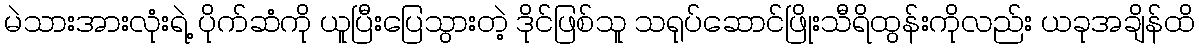
မဲသားအားလုံးရဲ့ ပိုက်ဆံကို ယူပြီးပြေသွားတဲ့ ဒိုင်ဖြစ်သူ သရုပ်ဆောင်ဖြိုးသီရိထွန်းကိုလည်း ယခုအချိန်ထိ